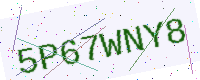
Text: 5P67WNY8